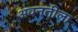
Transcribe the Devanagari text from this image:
अवनतीला